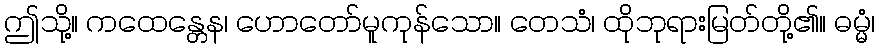
ဤသို့။ ကထေန္တေန၊ ဟောတော်မူကုန်သော။ တေသံ၊ ထိုဘုရားမြတ်တို့၏။ ဓမ္မံ၊